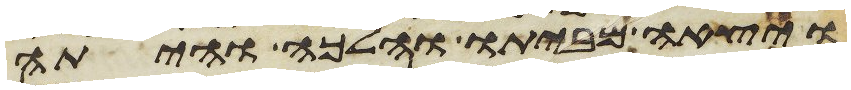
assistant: ויצאה מביתו והלכה והיתה